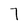
Character: 7